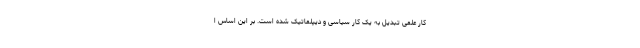
کار علمی تبدیل به یک کار سیاسی و دیپلماتیک شده است. بر این اساس ا